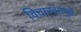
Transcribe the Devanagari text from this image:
विचारवंतपुढे